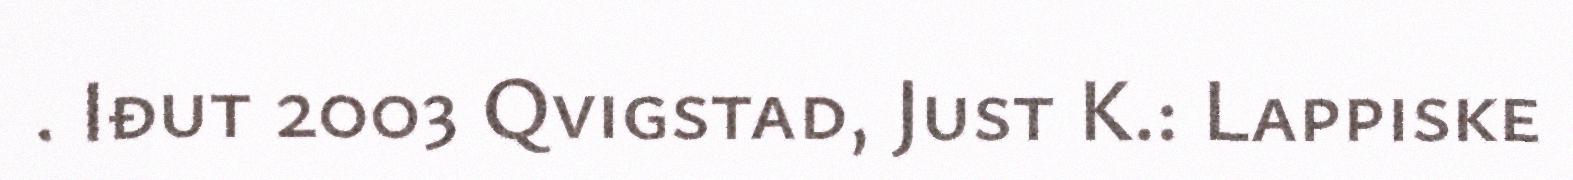
. Iđut 2003 Qvigstad, Just K.: Lappiske